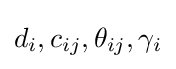
d_{i},c_{ij},\theta _{ij},\gamma _{i}